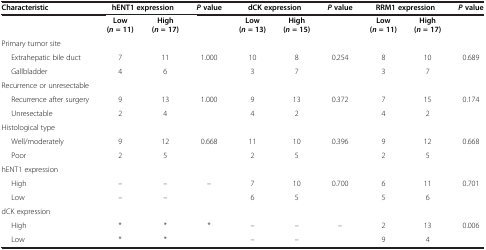
<table><thead><tr><td><b>Characteristic</b></td><td colspan="2"><b>hENT1 expression</b></td><td><b><i>P </i>value</b></td><td colspan="2"><b>dCK expression</b></td><td><b><i>P </i>value</b></td><td colspan="2"><b>RRM1 expression</b></td><td><b><i>P </i>value</b></td></tr></thead><tbody><tr><td> </td><td><b>Low (</b><b><i>n </i></b><b>= 11)</b></td><td><b>High (</b><b><i>n </i></b><b>= 17)</b></td><td> </td><td><b>Low (</b><b><i>n </i></b><b>= 13)</b></td><td><b>High (</b><b><i>n </i></b><b>= 15)</b></td><td> </td><td><b>Low (</b><b><i>n </i></b><b>= 11)</b></td><td><b>High (</b><b><i>n </i></b><b>= 17)</b></td><td> </td></tr><tr><td>Primary tumor site</td><td> </td><td> </td><td> </td><td> </td><td> </td><td> </td><td> </td><td> </td><td> </td></tr><tr><td>Extrahepatic bile duct</td><td>7</td><td>11</td><td>1.000</td><td>10</td><td>8</td><td>0.254</td><td>8</td><td>10</td><td>0.689</td></tr><tr><td>Gallbladder</td><td>4</td><td>6</td><td> </td><td>3</td><td>7</td><td> </td><td>3</td><td>7</td><td> </td></tr><tr><td>Recurrence or unresectable</td><td> </td><td> </td><td> </td><td> </td><td> </td><td> </td><td> </td><td> </td><td> </td></tr><tr><td>Recurrence after surgery</td><td>9</td><td>13</td><td>1.000</td><td>9</td><td>13</td><td>0.372</td><td>7</td><td>15</td><td>0.174</td></tr><tr><td>Unresectable</td><td>2</td><td>4</td><td> </td><td>4</td><td>2</td><td> </td><td>4</td><td>2</td><td> </td></tr><tr><td>Histological type</td><td> </td><td> </td><td> </td><td> </td><td> </td><td> </td><td> </td><td> </td><td> </td></tr><tr><td>Well/moderately</td><td>9</td><td>12</td><td>0.668</td><td>11</td><td>10</td><td>0.396</td><td>9</td><td>12</td><td>0.668</td></tr><tr><td>Poor</td><td>2</td><td>5</td><td> </td><td>2</td><td>5</td><td> </td><td>2</td><td>5</td><td> </td></tr><tr><td>hENT1 expression</td><td> </td><td> </td><td> </td><td> </td><td> </td><td> </td><td> </td><td> </td><td> </td></tr><tr><td>High</td><td>–</td><td>–</td><td>–</td><td>7</td><td>10</td><td>0.700</td><td>6</td><td>11</td><td>0.701</td></tr><tr><td>Low</td><td>–</td><td>–</td><td> </td><td>6</td><td>5</td><td> </td><td>5</td><td>6</td><td> </td></tr><tr><td>dCK expression</td><td> </td><td> </td><td> </td><td> </td><td> </td><td> </td><td> </td><td> </td><td> </td></tr><tr><td>High</td><td>*</td><td>*</td><td>*</td><td>–</td><td>–</td><td>–</td><td>2</td><td>13</td><td>0.006</td></tr><tr><td>Low</td><td>*</td><td>*</td><td> </td><td>–</td><td>–</td><td> </td><td>9</td><td>4</td><td> </td></tr></tbody></table>